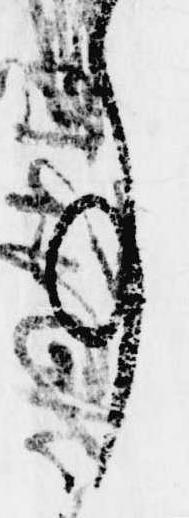
事